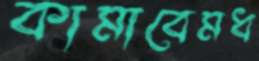
কামাবেমধ